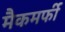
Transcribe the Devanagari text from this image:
मैकमर्फी